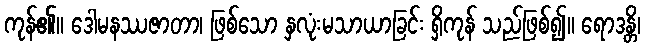
ကုန်၏။ ဒေါမနဿဇာတာ၊ ဖြစ်သော နှလုံးမသာယာခြင်း ရှိကုန် သည်ဖြစ်၍။ ရောဒန္တိ၊